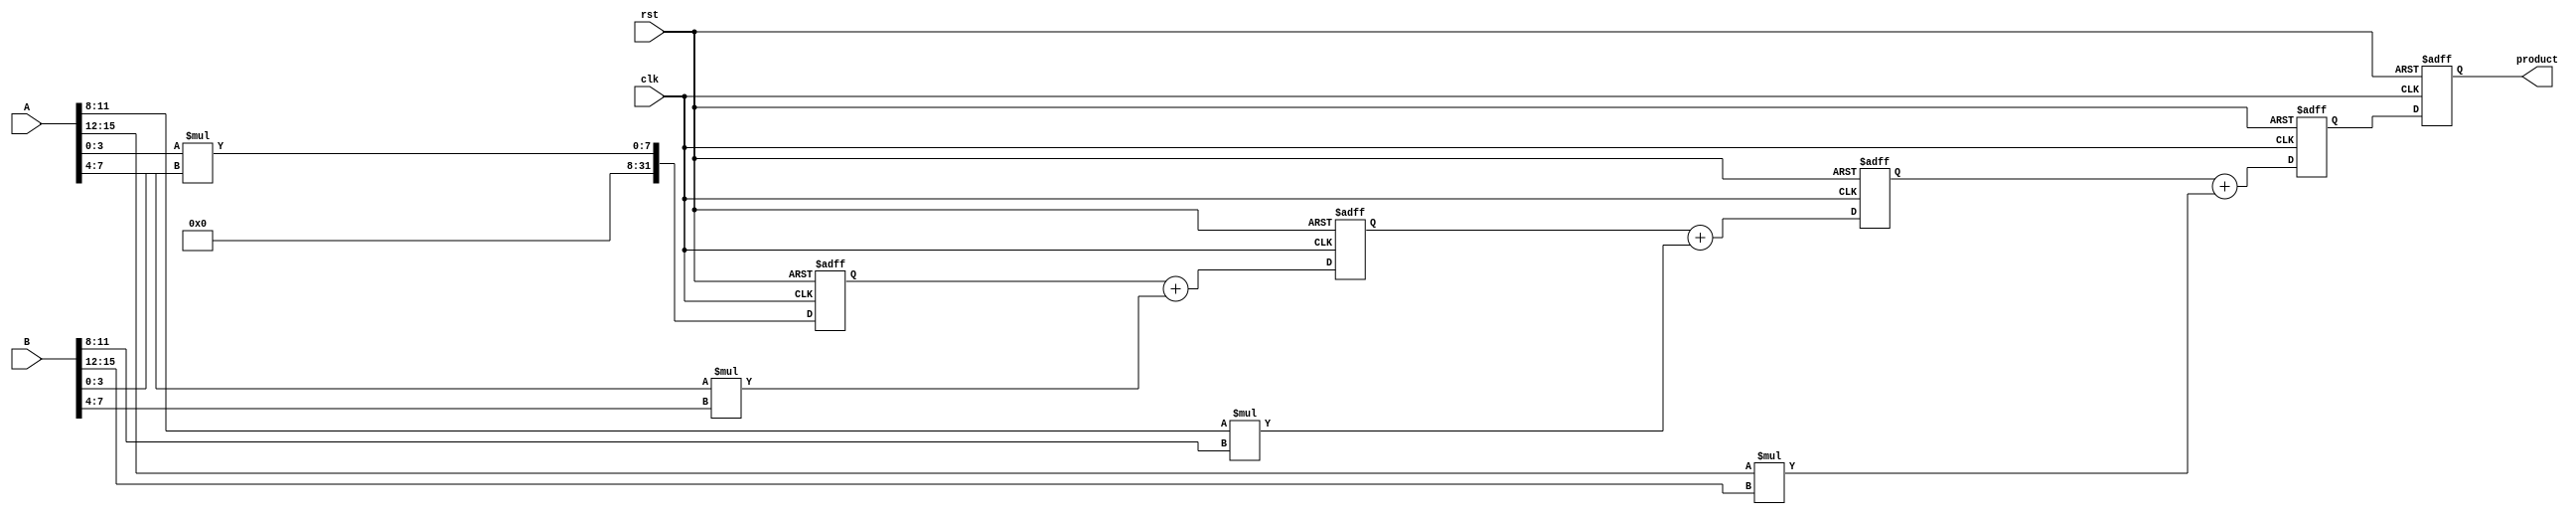
module pipelined_sliced_multiplier #(
    parameter N = 16,      // Bit width of the input operands
    parameter M = 4        // Bit width of each slice
) (
    input  wire [N-1:0] A, // First Operand
    input  wire [N-1:0] B, // Second Operand
    input  wire clk,       // Clock Signal
    input  wire rst,       // Reset Signal
    output reg [2*N-1:0] product // Final Product Output
);

    localparam S = N / M;  // Number of slices
    wire [M-1:0] slice_A [0:S-1]; // Slices of A
    wire [M-1:0] slice_B [0:S-1]; // Slices of B
    wire [2*M-1:0] partial_products [0:S-1]; // Partial products

    // Slicing the input operands
    genvar i;
    generate
        for (i = 0; i < S; i = i + 1) begin : slice_gen
            assign slice_A[i] = A[M*i +: M];
            assign slice_B[i] = B[M*i +: M];
            assign partial_products[i] = slice_A[i] * slice_B[i];
        end
    endgenerate

    reg [2*N-1:0] pipeline [0:S-1]; // Pipeline registers

    // Initial/reset block
    integer j;
    always @(posedge clk or posedge rst) begin
        if (rst) begin
            product <= 0;
            for (j = 0; j < S; j = j + 1) begin
                pipeline[j] <= 0;
            end
        end else begin
            // Pipeline stages
            pipeline[0] <= partial_products[0];

            for (j = 1; j < S; j = j + 1) begin
                pipeline[j] <= pipeline[j-1] + partial_products[j];
            end
            
            // Final product at the last stage
            product <= pipeline[S-1];
        end
    end

endmodule